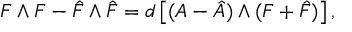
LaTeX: F \wedge F - \hat { F } \wedge \hat { F } = d \left[ ( A - \hat { A } ) \wedge ( F + \hat { F } ) \right] ,